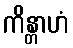
ကိန္တာဟံ